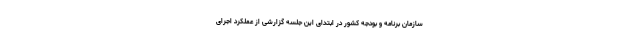
سازمان برنامه و بودجه کشور در ابتدای این جلسه گزارشی از عملکرد اجرای